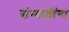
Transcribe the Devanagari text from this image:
संन्याशींना